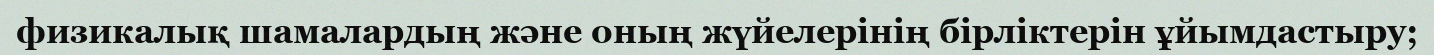
физикалық шамалардың және оның жүйелерінің бірліктерін ұйымдастыру;